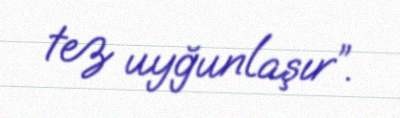
tez uyğunlaşır”.